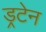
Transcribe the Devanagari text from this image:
ड्रटेन